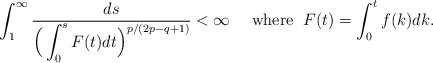
\begin{align*}\int_{1}^\infty\frac{ds}{\Big(\displaystyle \int_0^s F(t)dt \Big)^{p/(2p - q+1)}} <\infty \quad\mbox{ where }\; F(t)=\int_0^t f(k)dk.\end{align*}